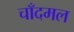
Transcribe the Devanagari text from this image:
चाँदमल